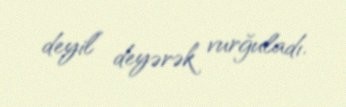
deyil” deyərək vurğuladı.